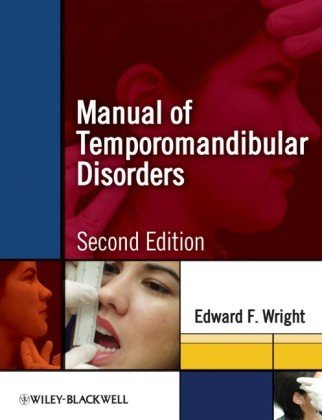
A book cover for Manual of Temporomandibular Disorders; Edward F. Wright; Medical Books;